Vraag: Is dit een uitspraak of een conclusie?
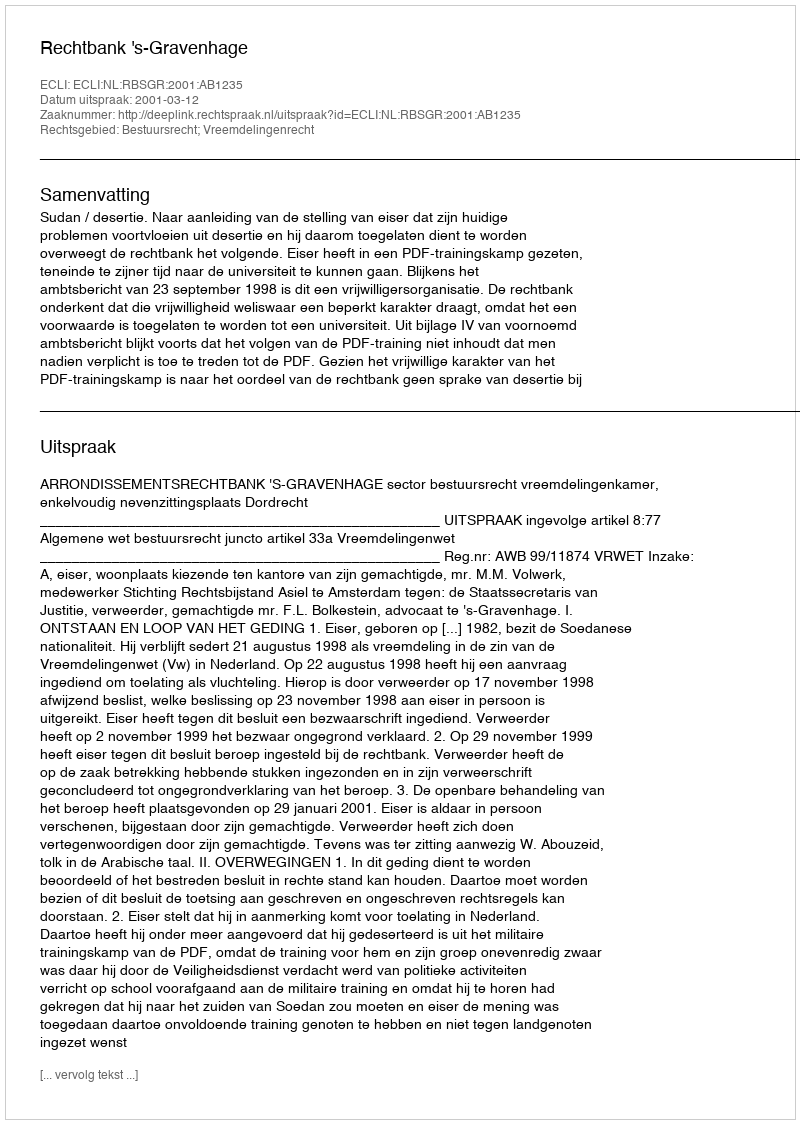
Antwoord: Uitspraak